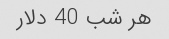
هر شب 40 دلار